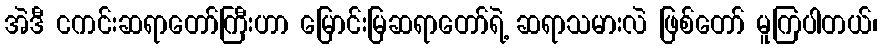
အဲဒီ ငကင်းဆရာတော်ကြီးဟာ မြောင်းမြဆရာတော်ရဲ့ ဆရာသမားလဲ ဖြစ်တော် မူကြပါတယ်၊